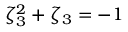
\zeta _ { 3 } ^ { 2 } + \zeta _ { 3 } = - 1